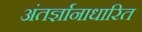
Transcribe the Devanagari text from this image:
अंतर्ज्ञानाधारित